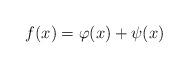
LaTeX: \begin{align*}f(x) = \varphi(x) + \psi(x)\end{align*}